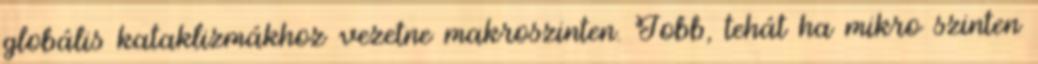
globális kataklizmákhoz vezetne makroszinten. Jobb, tehát ha mikro szinten